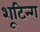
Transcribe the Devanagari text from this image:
शूटिन्ग